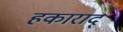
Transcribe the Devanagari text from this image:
हकाराद्